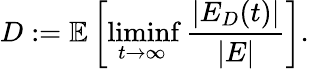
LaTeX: D:=\mathbb{E}\left[\operatorname*{liminf}_{t\to\infty}\frac{|E_{D}(t)|}{|E|}\right].